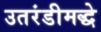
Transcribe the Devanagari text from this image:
उतरंडीमद्धे